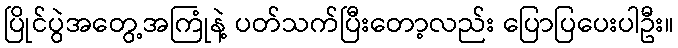
ပြိုင်ပွဲအတွေ့အကြုံနဲ့ ပတ်သက်ပြီးတော့လည်း ပြောပြပေးပါဦး။